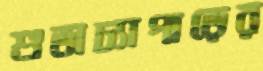
শুভাঢ্যাপাড়ের